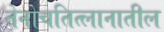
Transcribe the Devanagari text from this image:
तेनोचतित्लानातील